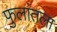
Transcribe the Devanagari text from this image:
फुलांतला